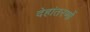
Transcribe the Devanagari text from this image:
देहांतरणों